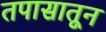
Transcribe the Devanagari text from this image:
तपासातून